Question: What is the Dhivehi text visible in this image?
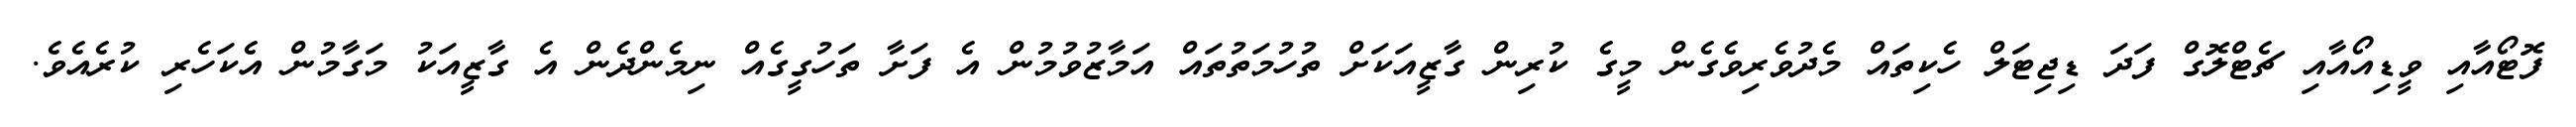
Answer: ފޮޓޯއާއި ވީޑިއޯއާއި ޗެޓްލޮގް ފަދަ ޑިޖިޓަލް ހެކިތައް މެދުވެރިވެގެން މީގެ ކުރިން ގާޒީއަކަށް ތުހުމަތުތައް އަމާޒުވުމުން އެ ފަށާ ތަހުގީގެއް ނިމެންދެން އެ ގާޒީއަކު މަގާމުން އެކަހެރި ކުރެއެވެ.